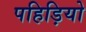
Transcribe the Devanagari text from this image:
पहिड़ियो